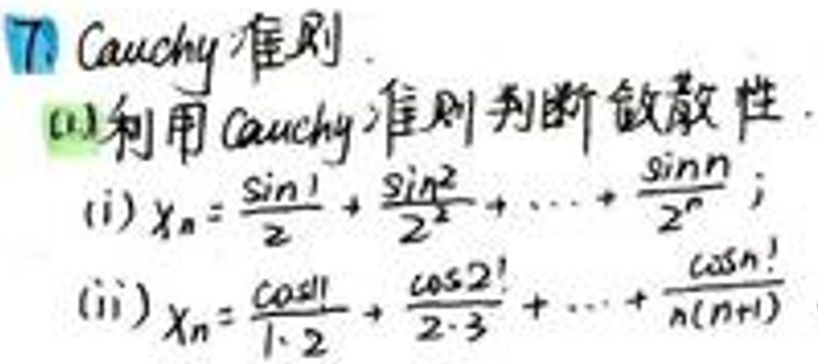
7. Cauchy 准则
(1) 利用 Cauchy 准则判断敛散性
(i) \(x_n=\frac{\sin 1}{2}+\frac{\sin 2^2}{2^2}+\cdots+\frac{\sin n}{2^n}\);
(ii) \(x_n=\frac{\cos 1!}{1\cdot2}+\frac{\cos 2!}{2\cdot3}+\cdots+\frac{\cos n!}{n(n + 1)}\)